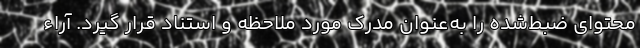
محتوای ضبط‌شده را به‌عنوان مدرک مورد ملاحظه و استناد قرار گیرد. آراء